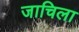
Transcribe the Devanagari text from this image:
जाचिला